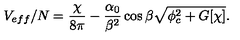
V _ { e f f } / N = \frac { \chi } { 8 \pi } - \frac { \alpha _ { 0 } } { \beta ^ { 2 } } \cos \beta \sqrt { \phi _ { c } ^ { 2 } + G [ \chi ] } .